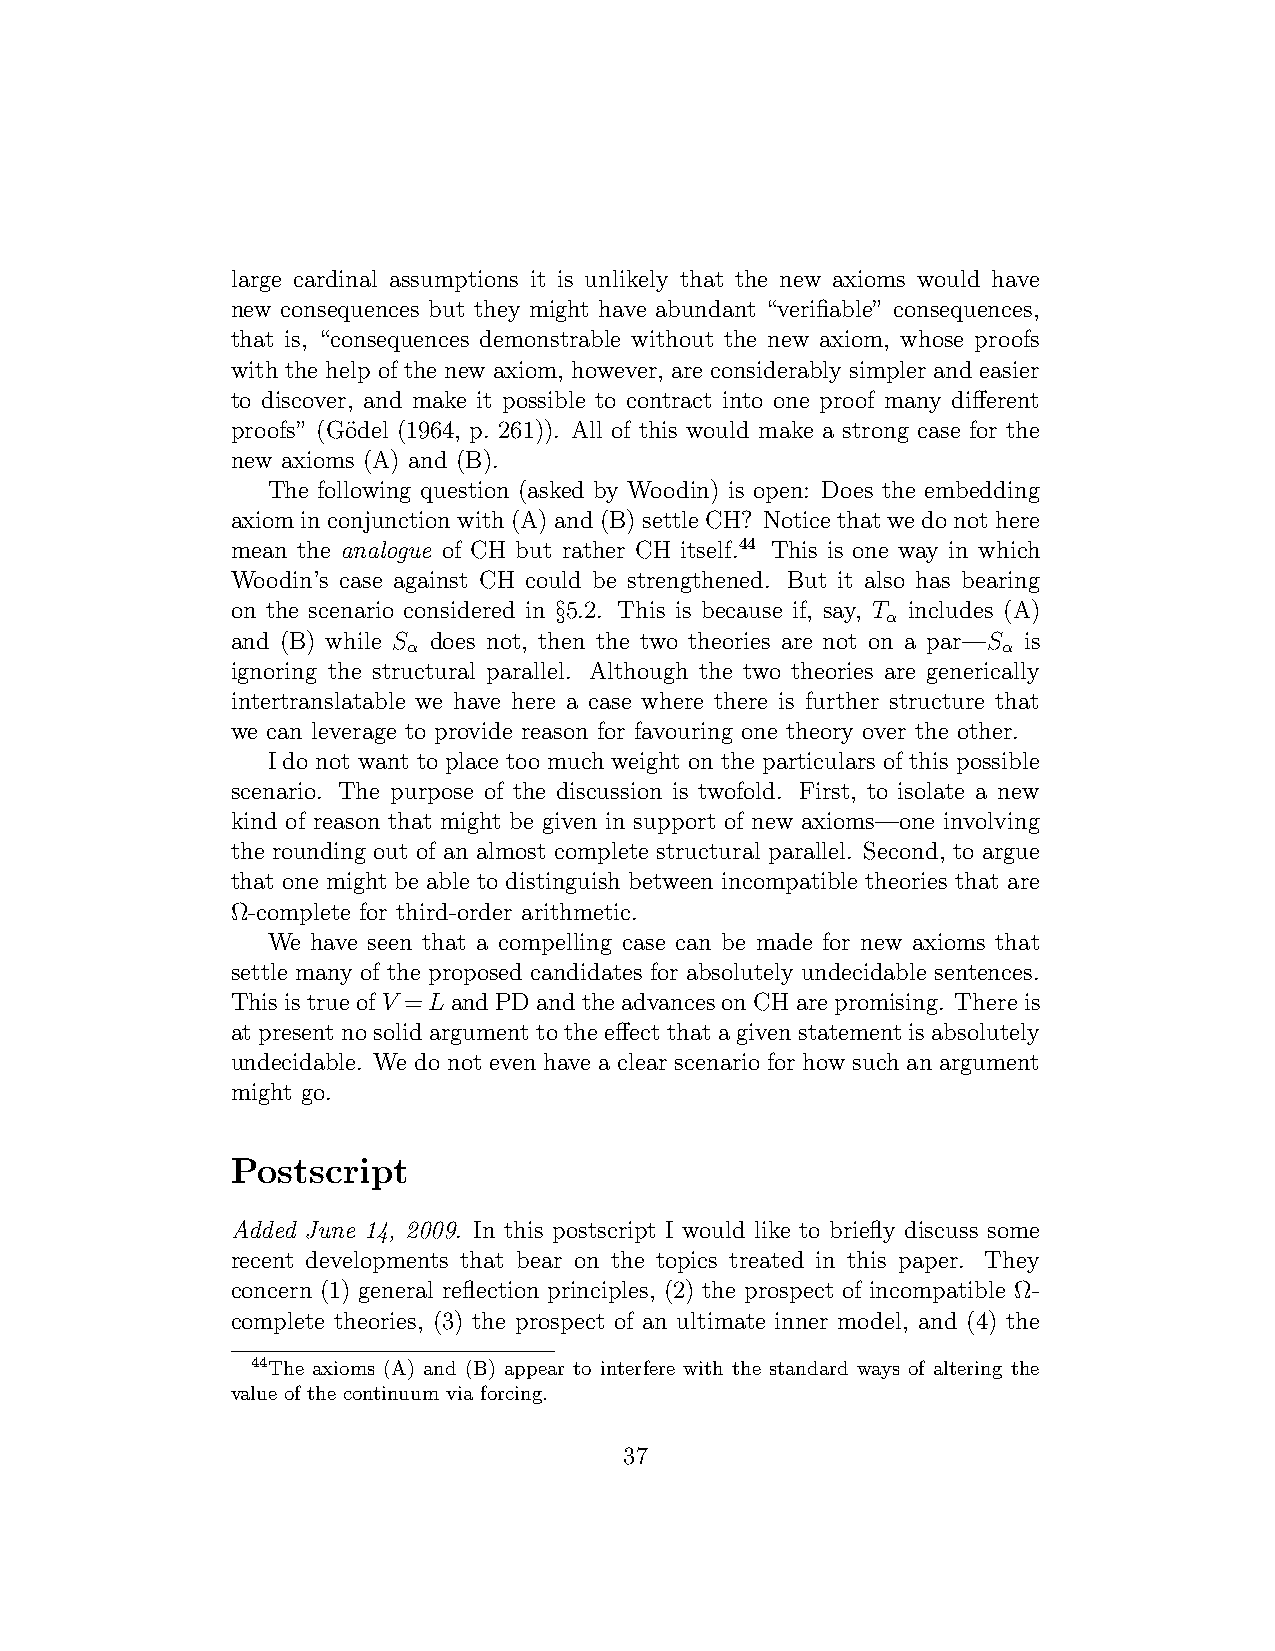
large cardinal assumptions it is unlikely that the new axioms would have
 new consequences but they might have abundant “verifiable” consequences,
 that is, “consequences demonstrable without the new axiom, whose proofs
 with the help of the new axiom, however, are considerably simpler and easier
 to discover, and make it possible to contract into one proof many different
 proofs” (Go¨del (1964, p. 261)). All of this would make a strong case for the
 new axioms (A) and (B).
 The following question (asked by Woodin) is open: Does the embedding
 axiominconjunctionwith(A)and(B)settleCH? Noticethatwedonothere
 mean the analogue of CH but rather CH itself.44 This is one way in which
 Woodin’s case against CH could be strengthened. But it also has bearing
 on the scenario considered in §5.2. This is because if, say, T includes (A)
 α
 and (B) while S does not, then the two theories are not on a par—S is
 α                                      α
 ignoring the structural parallel. Although the two theories are generically
 intertranslatable we have here a case where there is further structure that
 we can leverage to provide reason for favouring one theory over the other.
 I do not want to place too much weight on the particulars of this possible
 scenario. The purpose of the discussion is twofold. First, to isolate a new
 kind of reason that might be given in support of new axioms—one involving
 the rounding out of an almost complete structural parallel. Second, to argue
 that one might be able to distinguish between incompatible theories that are
 Ω-complete for third-order arithmetic.
 We have seen that a compelling case can be made for new axioms that
 settle many of the proposed candidates for absolutely undecidable sentences.
 ThisistrueofV =LandPDandtheadvancesonCHarepromising. Thereis
 at present no solid argument to the effect that a given statement is absolutely
 undecidable. We do not even have a clear scenario for how such an argument
 might go.
 Postscript
 Added June 14, 2009. In this postscript I would like to briefly discuss some
 recent developments that bear on the topics treated in this paper. They
 concern (1) general reflection principles, (2) the prospect of incompatible Ω-
 complete theories, (3) the prospect of an ultimate inner model, and (4) the
 44The axioms (A) and (B) appear to interfere with the standard ways of altering the
 value of the continuum via forcing.
 37